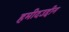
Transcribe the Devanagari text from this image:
हमीदउद्दीन